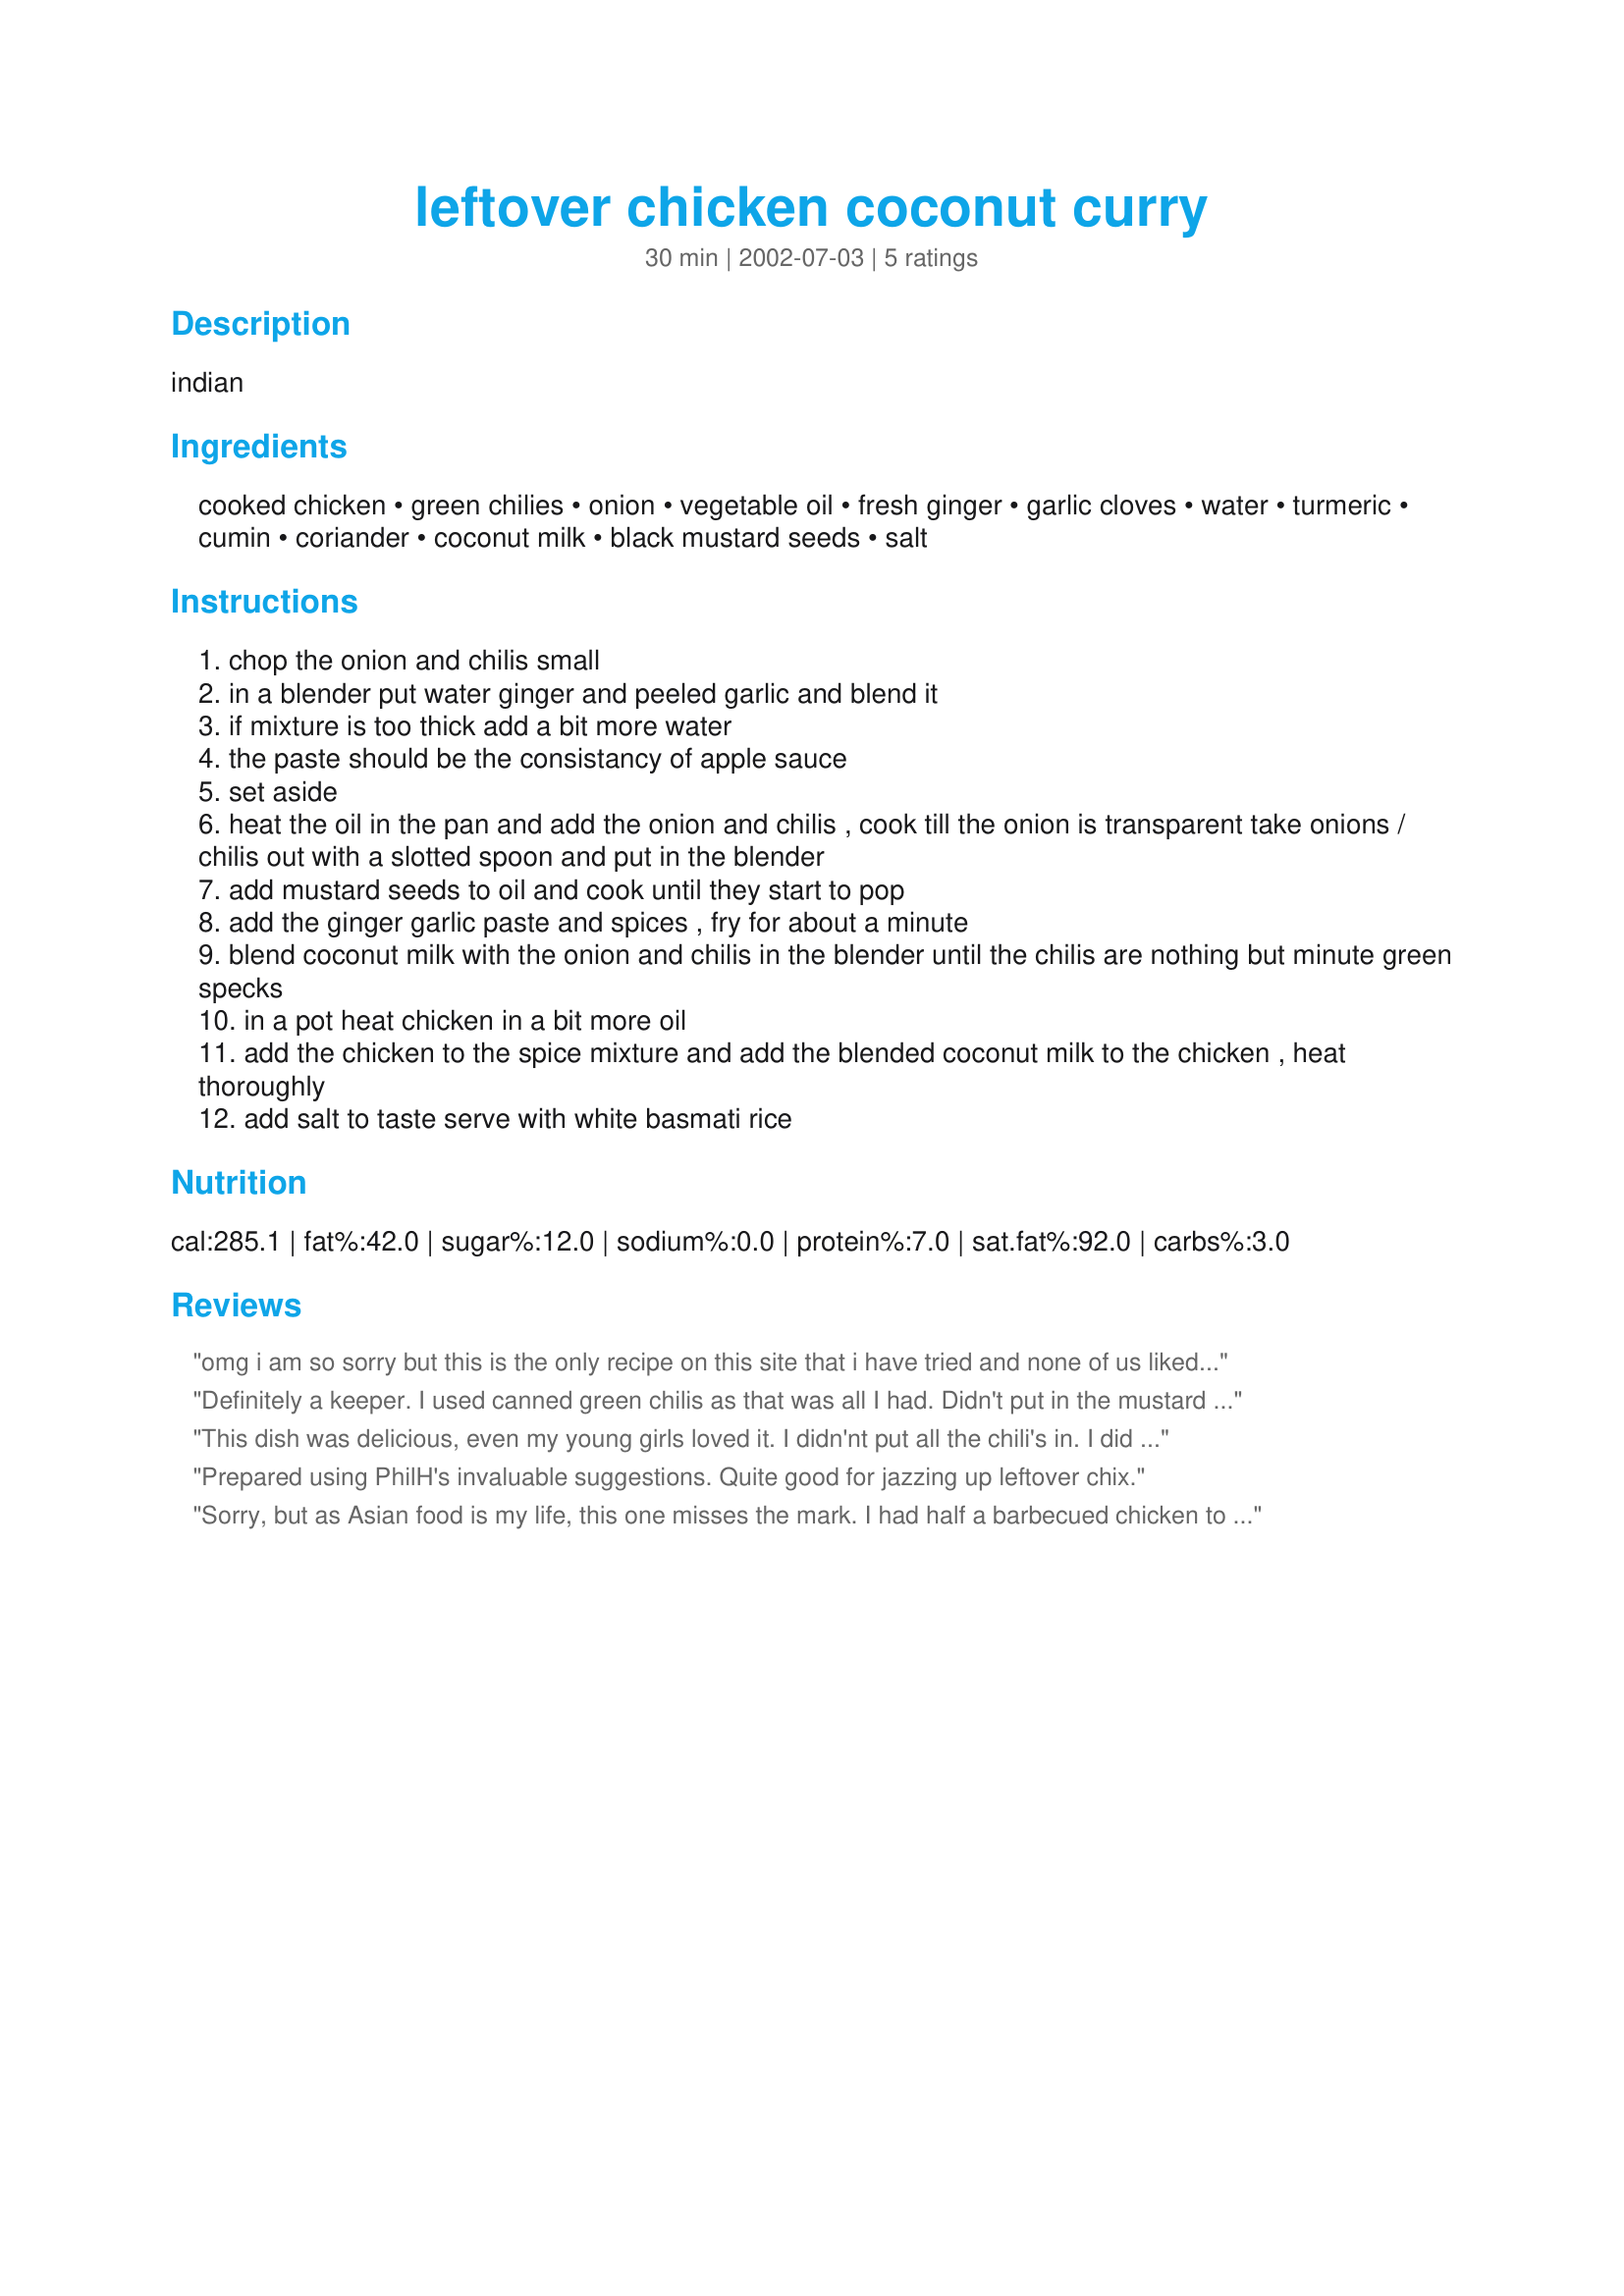
leftover chicken coconut curry
Preparation time: 30 minutes

indian

Ingredients:
cooked chicken, green chilies, onion, vegetable oil, fresh ginger, garlic cloves, water, turmeric, cumin, coriander, coconut milk, black mustard seeds, salt

Steps:
chop the onion and chilis small
in a blender put water ginger and peeled garlic and blend it
if mixture is too thick add a bit more water
the paste should be the consistancy of apple sauce
set aside
heat the oil in the pan and add the onion and chilis , cook till the onion is transparent take onions / chilis out with a slotted spoon and put in the blender
add mustard seeds to oil and cook until they start to pop
add the ginger garlic paste and spices , fry for about a minute
blend coconut milk with the onion and chilis in the blender until the chilis are nothing but minute green specks
in a pot heat chicken in a bit more oil
add the chicken to the spice mixture and add the blended coconut milk to the chicken , heat thoroughly
add salt to taste serve with white basmati rice

Reviews:
omg i am so sorry but this is the only recipe on this site that i have tried and none of us liked it, i think it may have been the mustard seeds, but it tasted awful. I had to do some serious tinkering to make it edible.
Definitely a keeper. I used canned green chilis as that was all I had. Didn't put in the mustard seed as I didn't have the black. There wasn't a tablespoon of cumin left in the bottle so I was short on that. Will make the recipe again when I have all the ingredients. My husband liked it so that is saying a lot.
This dish was delicious, even my young girls loved it. I didn'nt put all the chili's in. I did wonder what size piece of ginger it should have been. And, I used cumin seeds, but thought later that it should have been ground cumin. All in all it was a hit!
Prepared using PhilH's invaluable suggestions. Quite good for jazzing up leftover chix.
Sorry, but as Asian food is my life, this one misses the mark. I had half a barbecued chicken to get rid of. It seemed the perfect idea. Followed exactly, but when tasted, it lacked. Had to do emergency surgery! Here is what I suggest next time.. To the spice add 1tsp paprika, a little chilli powder if you wish. (We need to add body to the curry). If using leftover chicken, just throw in 2 mins before the end. Let the spices and sauce cook FIRST. Add 1 tbsp of lemon juice just before serving. Rescued.
